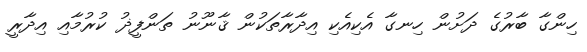
ހިންގާ ބާރުގެ ދަށުން ހިނގާ އެކިއެކި އިދާރާތަކުން ޤާނޫނު ތަންފީޛު ކުރުމާއި އިދާރީ